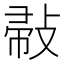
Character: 𢽪